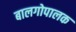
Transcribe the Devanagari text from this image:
बालगोपालक